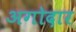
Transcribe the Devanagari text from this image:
अगोदार